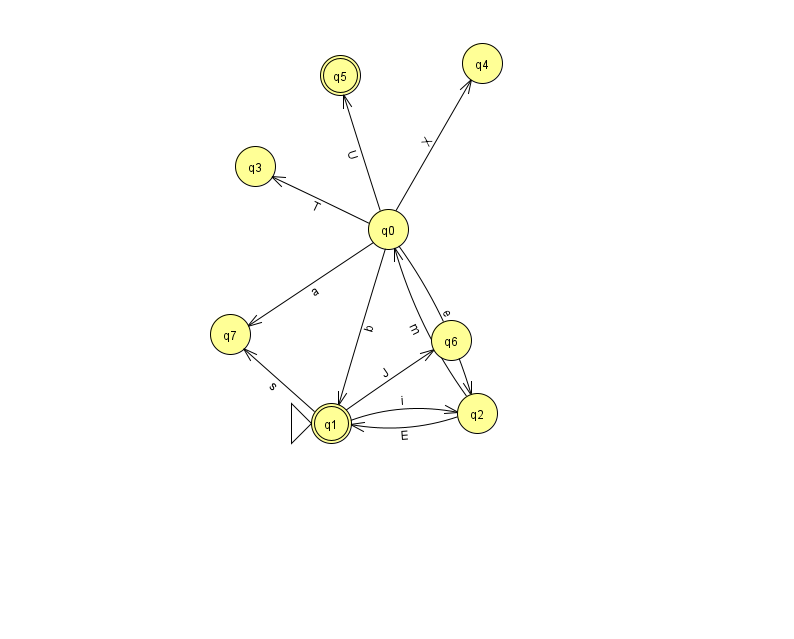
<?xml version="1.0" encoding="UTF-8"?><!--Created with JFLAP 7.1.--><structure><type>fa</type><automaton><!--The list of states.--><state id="0" name="q0"><x>388.0</x><y>216.0</y></state><state id="1" name="q1"><x>331.0</x><y>410.0</y><initial/><final/></state><state id="2" name="q2"><x>477.0</x><y>400.0</y></state><state id="3" name="q3"><x>255.0</x><y>153.0</y></state><state id="4" name="q4"><x>482.0</x><y>50.0</y></state><state id="5" name="q5"><x>340.0</x><y>62.0</y><final/></state><state id="6" name="q6"><x>451.0</x><y>327.0</y></state><state id="7" name="q7"><x>230.0</x><y>321.0</y></state><!--The list of transitions.--><transition><from>0</from><to>4</to><read>X</read></transition><transition><from>0</from><to>7</to><read>a</read></transition><transition><from>0</from><to>3</to><read>T</read></transition><transition><from>0</from><to>1</to><read>b</read></transition><transition><from>1</from><to>2</to><read>i</read></transition><transition><from>1</from><to>7</to><read>s</read></transition><transition><from>2</from><to>0</to><read>m</read></transition><transition><from>2</from><to>1</to><read>E</read></transition><transition><from>0</from><to>5</to><read>U</read></transition><transition><from>0</from><to>2</to><read>e</read></transition><transition><from>1</from><to>6</to><read>J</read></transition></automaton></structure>